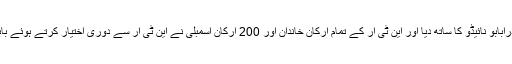
ایسے میں قسمت نے چندرابابو نائیڈو کا ساتھ دیا اور این ٹی آر کے تمام ارکان خاندان اور 200 ارکان اسمبلی نے این ٹی آر سے دوری اختیار کرتے ہوئے بابو کو اپنا قائد تسلیم کرلیا۔